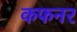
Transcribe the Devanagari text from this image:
कफनर